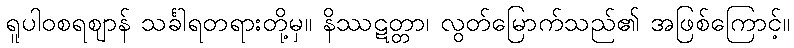
ရူပါဝစရဈာန် သင်္ခါရတရားတို့မှ။ နိဿဋတ္တာ၊ လွတ်မြောက်သည်၏ အဖြစ်ကြောင့်။